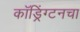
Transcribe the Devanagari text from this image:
कॉड्रिंग्टनचा